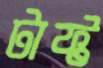
টাফ্ট